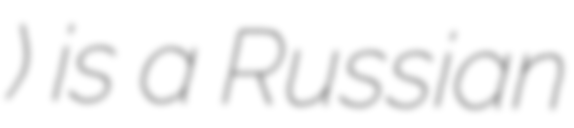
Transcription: Мамонов) is a Russian